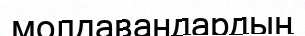
молдавандардың